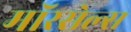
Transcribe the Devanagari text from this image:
मॉरसेल्स